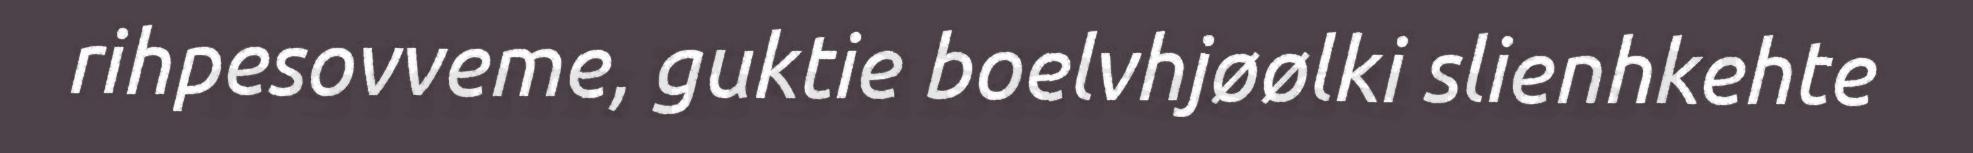
rihpesovveme, guktie boelvhjøølki slienhkehte